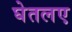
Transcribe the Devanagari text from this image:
घेतलए